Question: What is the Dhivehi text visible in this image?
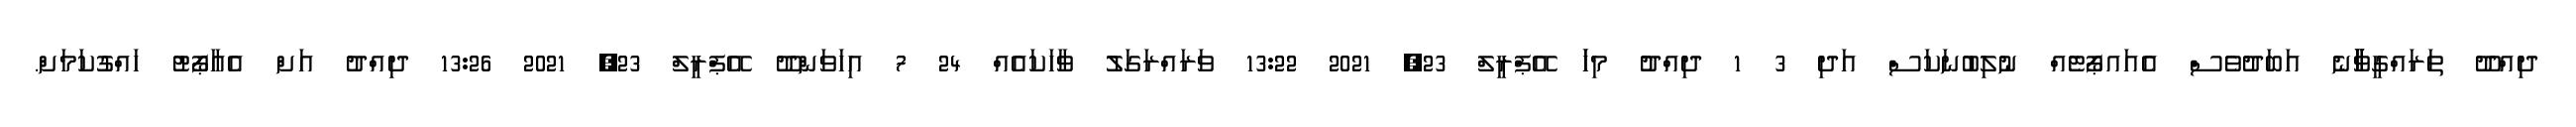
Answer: ދިއްދޫ ތަރައްގީވާާާނެ އަބަދުވެސް އެއައޕޯޓެއް ނުލިބުނަކަސް އަދި 3 1 ދިއްދުު މިހަަ އޭޕްރީލް 23, 2021 13:22 ވަރައްރަގަލު ވާހަކައެއް 24 7 އިހަވަންދޫ އޭޕްރީލް 23, 2021 13:26 ދިއްދު އަށް އެއާޕޯޓު ހައްގުކަމަށް.